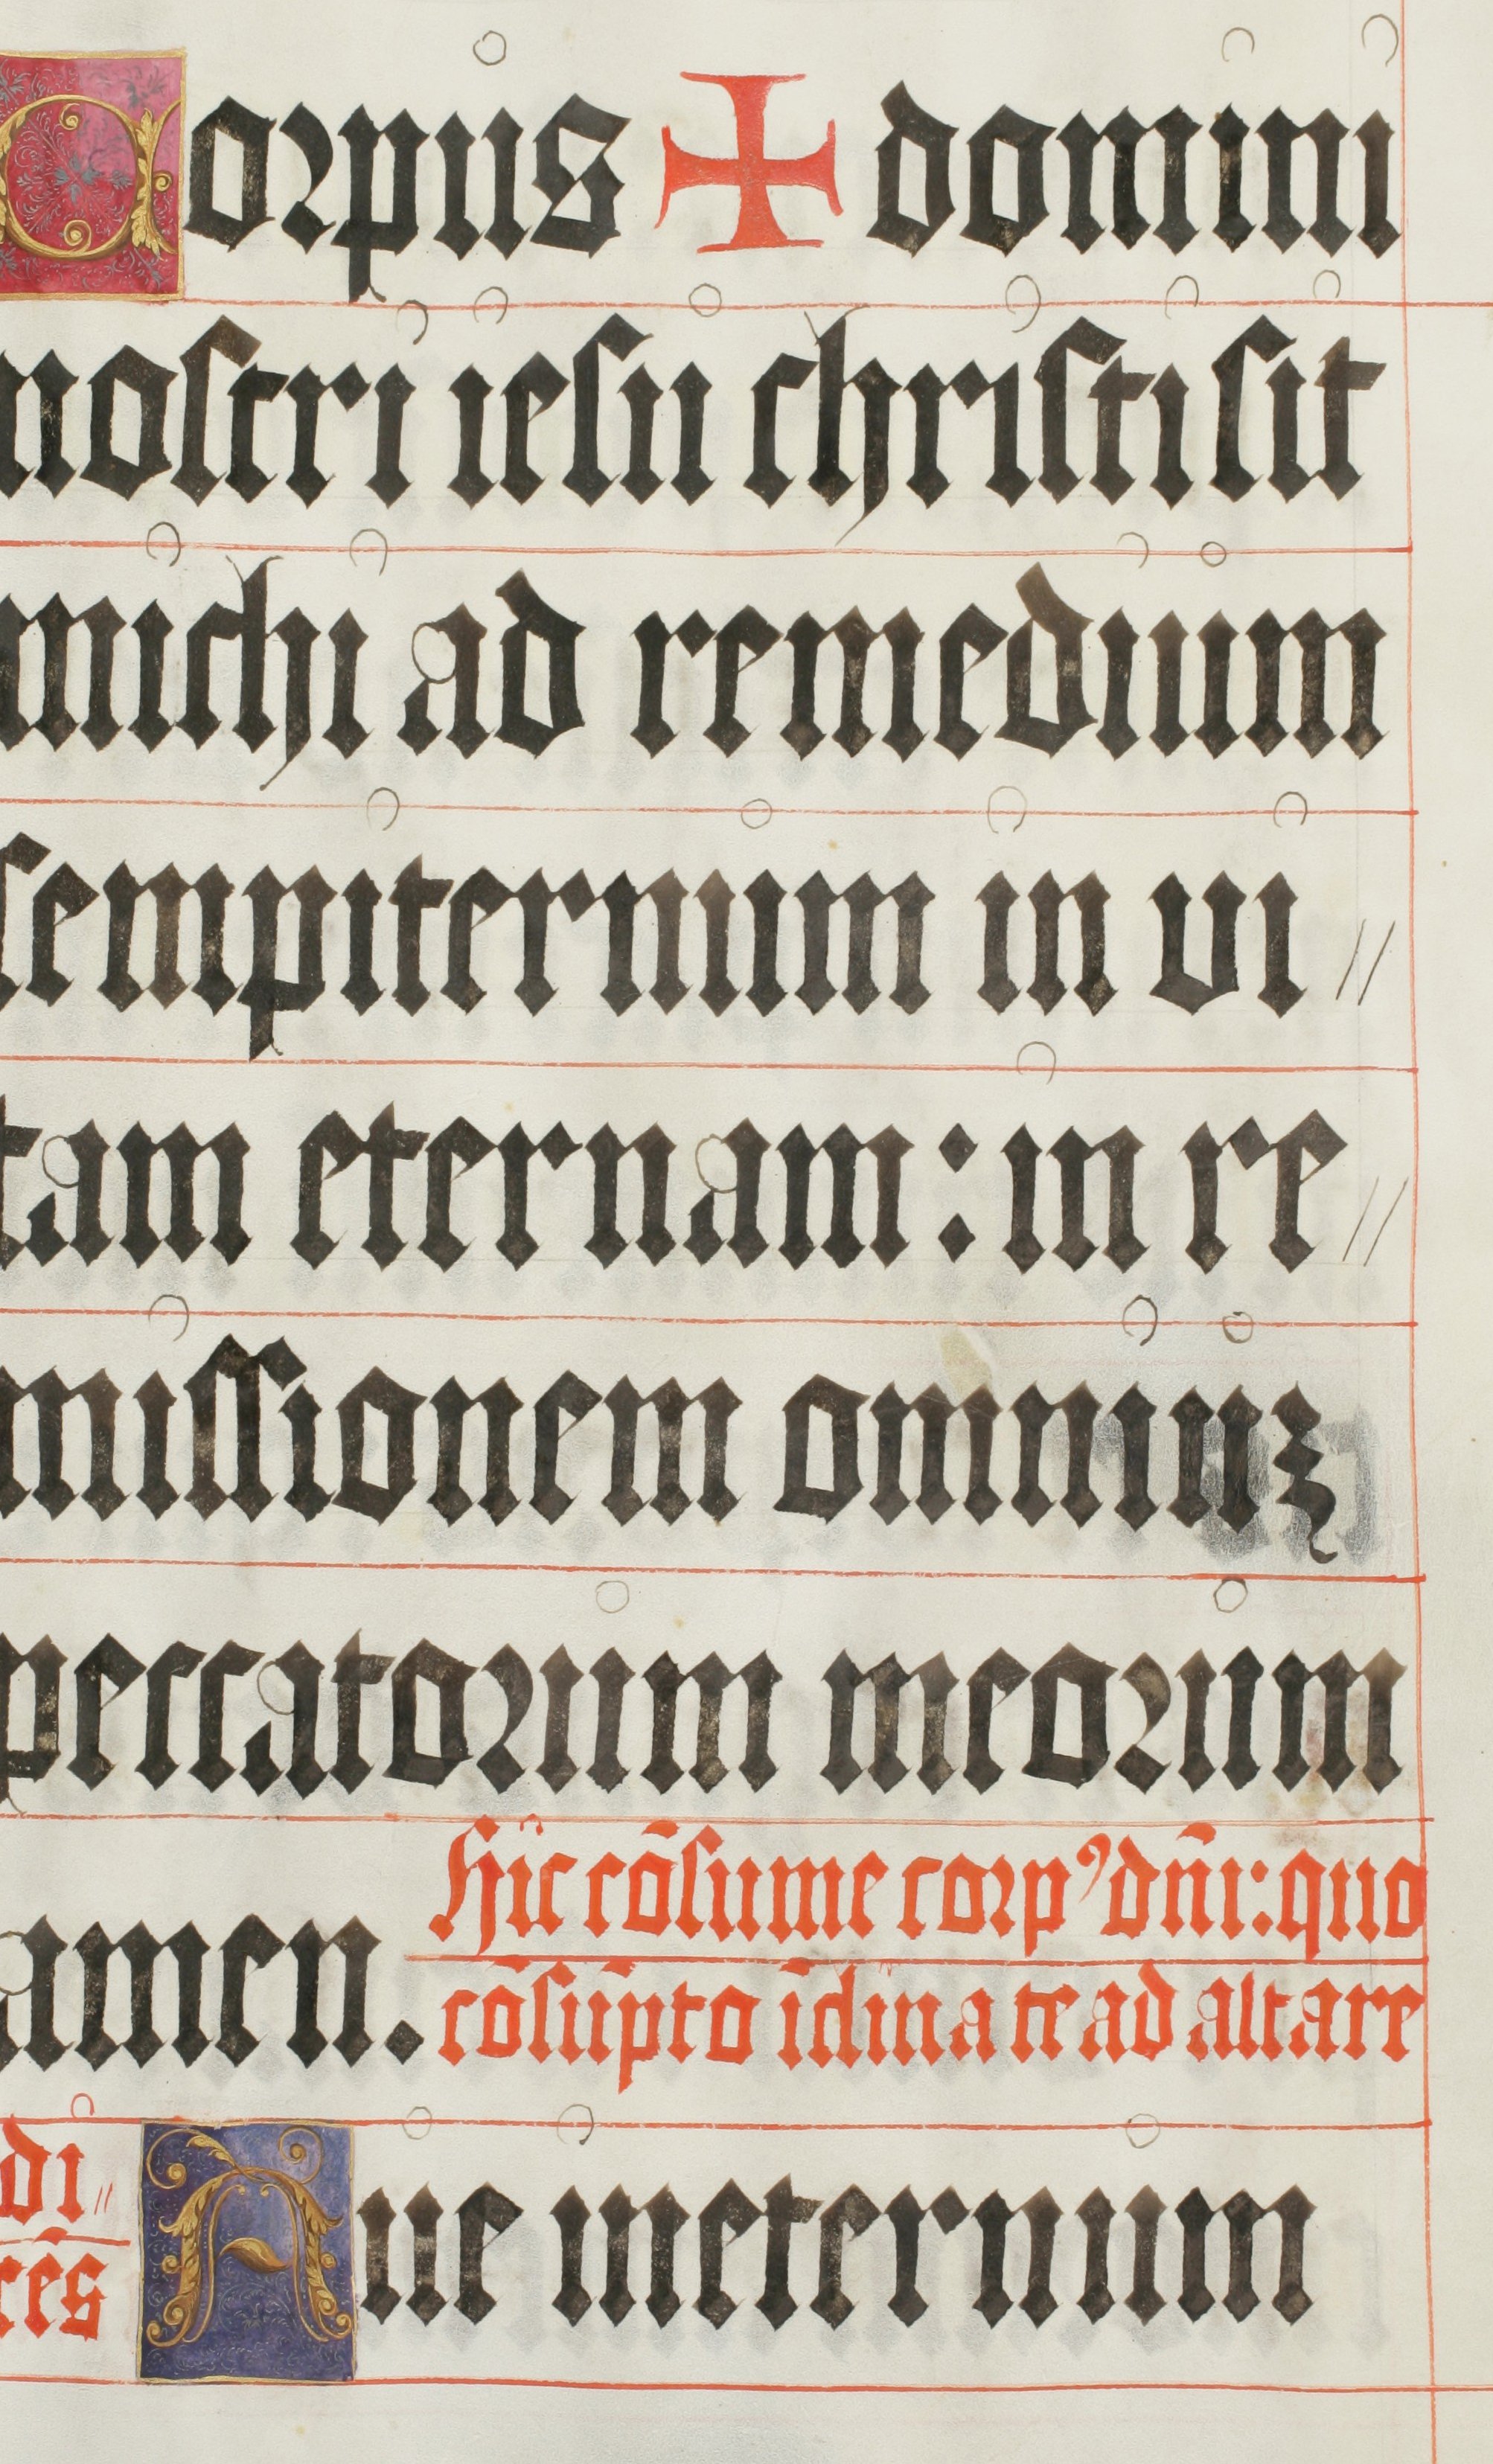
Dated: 1500–1599